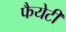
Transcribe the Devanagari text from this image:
फैयेटी